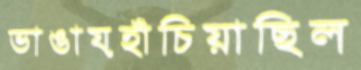
ভাঙায়হাঁচিয়াছিল